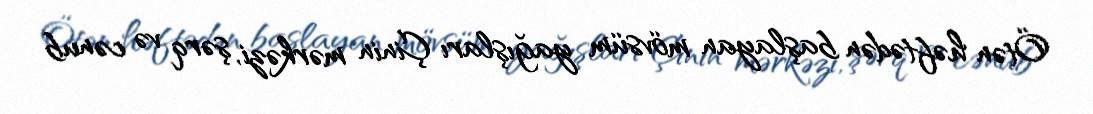
Ötən həftədən başlayan mövsüm yağışları Çinin mərkəzi, şərq və cənub